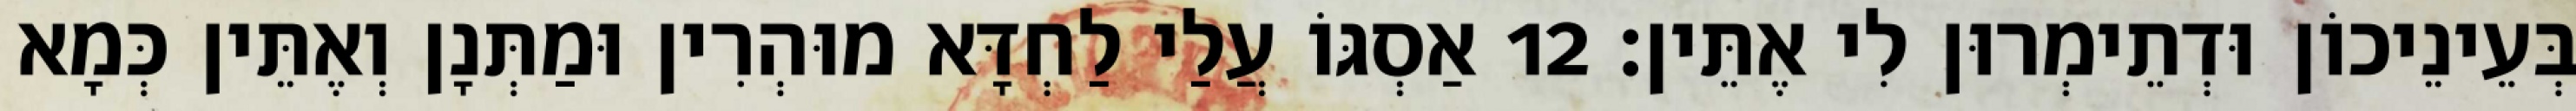
בְּעֵינֵיכוֹן וּדְתֵימְרוּן לִי אֶתֵּין׃ 12 אַסְגּוֹ עֲלַי לַחְדָּא מוּהְרִין וּמַתְּנָן וְאֶתֵּין כְּמָא